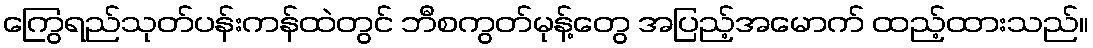
ကြွေရည်သုတ်ပန်းကန်ထဲတွင် ဘီစကွတ်မုန့်တွေ အပြည့်အမောက် ထည့်ထားသည်။